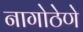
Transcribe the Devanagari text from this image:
नागोठेणे